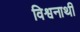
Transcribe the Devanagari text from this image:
विश्वनाथी